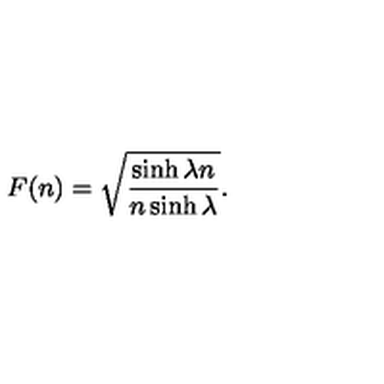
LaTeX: F ( n ) = \sqrt { \frac { \sinh \lambda n } { n \sinh \lambda } } .